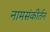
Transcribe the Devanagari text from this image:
नामसंकीर्तन